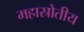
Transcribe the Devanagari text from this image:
महास्रोतीय